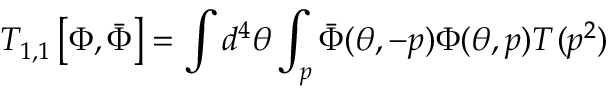
{ \cal T } _ { 1 , 1 } ^ { \L } \left[ \Phi , \bar { \Phi } \right] = \int d ^ { 4 } \theta \int _ { p } \bar { \Phi } ( \theta , - p ) \Phi ( \theta , p ) T ^ { \L } ( p ^ { 2 } )